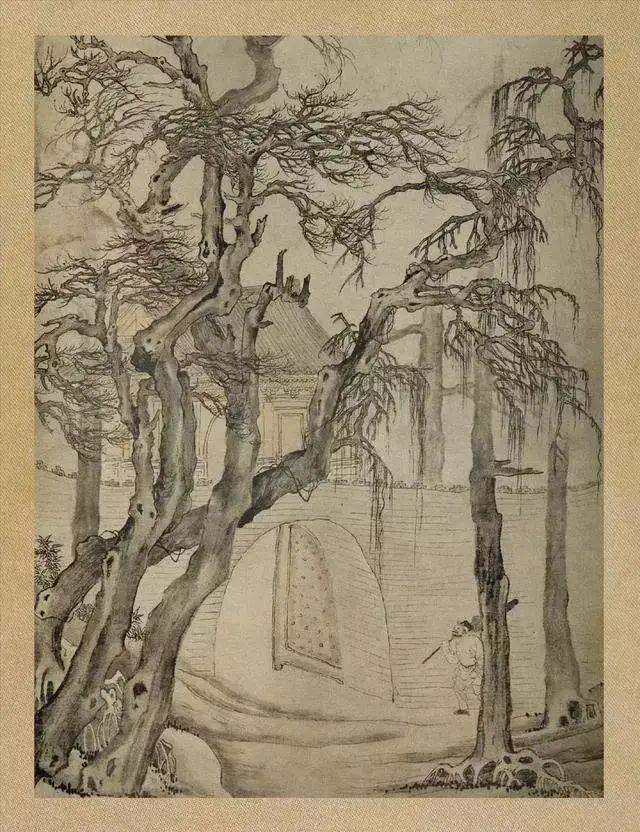
我本不弃世，世人自弃我。